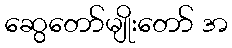
ဆွေတော်မျိုးတော် အ